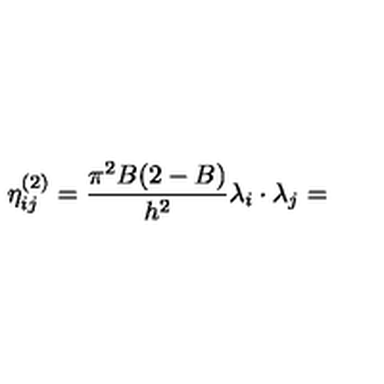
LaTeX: \eta _ { i j } ^ { ( 2 ) } = \frac { \pi ^ { 2 } B ( 2 - B ) } { h ^ { 2 } } \lambda _ { i } \cdot \lambda _ { j } =